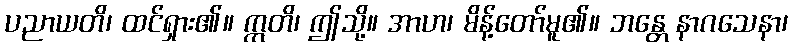
ပညာယတိ၊ ထင်ရှား၏။ ဣတိ၊ ဤသို့။ အာဟ၊ မိန့်တော်မူ၏။ ဘန္တေ နာဂသေနာ၊